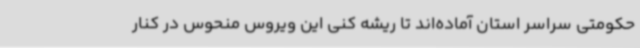
حکومتی سراسر استان آماده‌اند تا ریشه کنی این ویروس منحوس در کنار